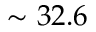
\sim 3 2 . 6